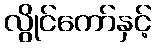
လွိုင်ကော်နှင့်